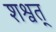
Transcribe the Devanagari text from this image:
शश्वत्